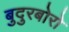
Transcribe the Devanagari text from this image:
बुदुरबोरो